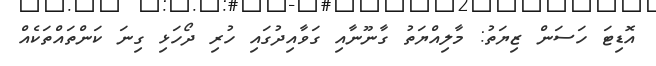
އޮޑިޓަ ހަސަން ޒިޔަތު: މާލިއްޔަތު ގާނޫނާއި ގަވާއިދުގައި ހުރި ދޯހަޅި ގިނަ ކަންތައްތަކެއް